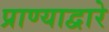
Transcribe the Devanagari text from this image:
प्राण्याद्वारे